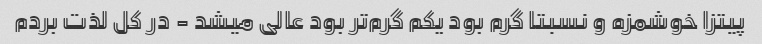
پیتزا خوشمزه و نسبتا گرم بود یکم گرم‌تر بود عالی میشد - در کل لذت بردم